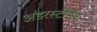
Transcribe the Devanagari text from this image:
अंडरस्टँडिंग